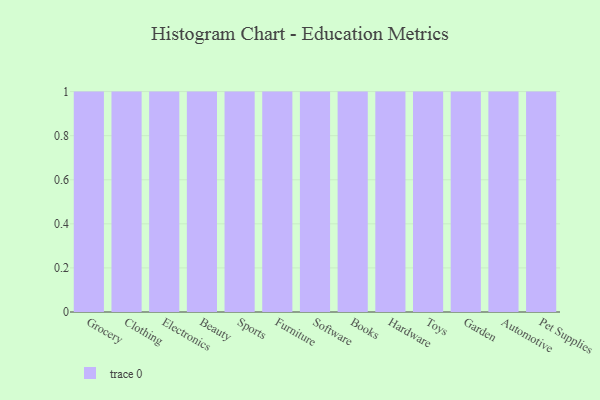
{"axis": {"x": "Category", "y": "Market Share (%)"}, "legend": [""], "data": [{"x": "Grocery", "y": 76, "type": ""}, {"x": "Clothing", "y": 55, "type": ""}, {"x": "Electronics", "y": 20, "type": ""}, {"x": "Beauty", "y": 43, "type": ""}, {"x": "Sports", "y": 27, "type": ""}, {"x": "Furniture", "y": 38, "type": ""}, {"x": "Software", "y": 42, "type": ""}, {"x": "Books", "y": 21, "type": ""}, {"x": "Hardware", "y": 76, "type": ""}, {"x": "Toys", "y": 5, "type": ""}, {"x": "Garden", "y": 63, "type": ""}, {"x": "Automotive", "y": 35, "type": ""}, {"x": "Pet Supplies", "y": 48, "type": ""}]}